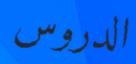
الدروس